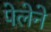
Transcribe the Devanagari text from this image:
पेलेने